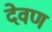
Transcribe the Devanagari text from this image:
देवण